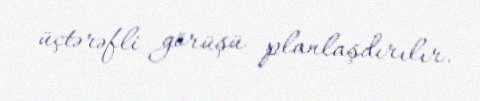
üçtərəfli görüşü planlaşdırılır.